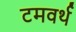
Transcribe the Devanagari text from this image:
टमवर्थ